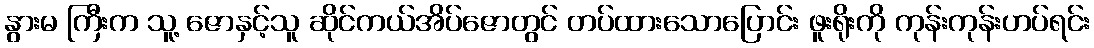
နွားမ ကြီးက သူ့ ဇောနှင့်သူ ဆိုင်ကယ်အိပ်ဇောတွင် တပ်ထားသောပြောင်း ဖူးရိုးကို ကုန်းကုန်းဟပ်ရင်း